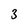
Character: 3